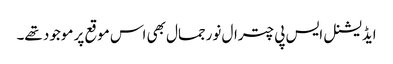
ایڈیشنل ایس پی چترال نورجمال بھی اس موقع پر موجود تھے۔